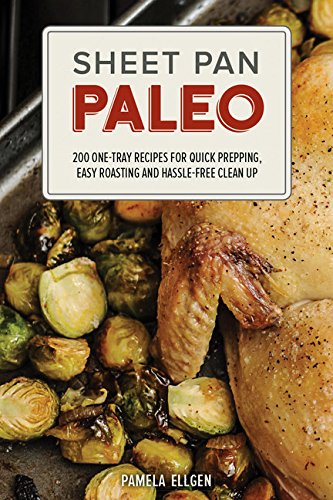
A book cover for Sheet Pan Paleo: 200 One-Tray Recipes for Quick Prepping, Easy Roasting and Hassle-free Clean Up; Pamela Ellgen; Cookbooks, Food & Wine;